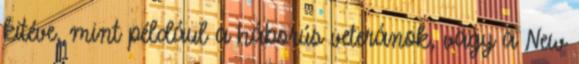
kitéve, mint például a háborús veteránok, vagy a New